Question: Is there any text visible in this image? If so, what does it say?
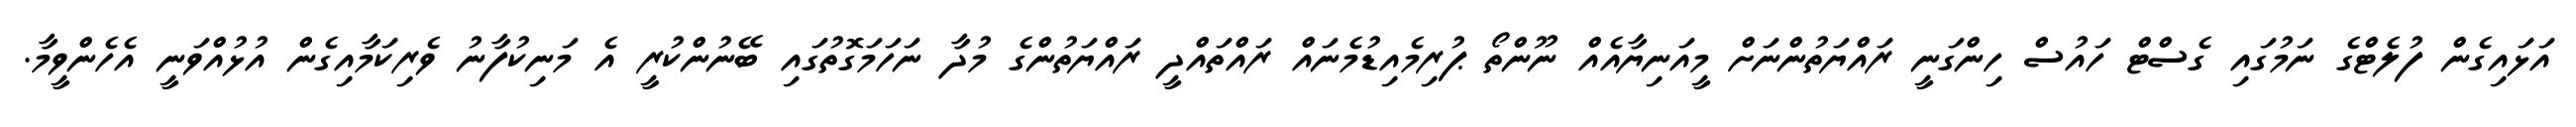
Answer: އަޅައިގެން ފުލެޓްގެ ނަމުގައި ގެސްޓް ހައުސް ހިންގަނީ ރައްޔަތުންނަށް މީއަނިޔާއެއް ނޫންތޯ ޕުރިމެއިޑުމެނައް ރައްތައްދީ ރައްޔަތުންގެ މުދާ ނަހަމަގޮތުގައި ބޭނުންކުރީ އެ މަނިކުފާނު ވެރިކަމާއިގެން އުޅުއްވަނީ އެހެންވީމާ.